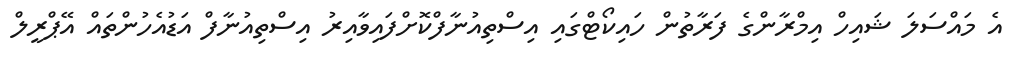
އެ މައްސަލަ ޝައިހް އިމްރާންގެ ފަރާތުން ހައިކޯޓްގައި އިސްތިއުނާފްކޮށްފައިވާއިރު އިސްތިއުނާފް އަޑުއެހުންތައް އޭޕްރީލް